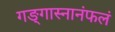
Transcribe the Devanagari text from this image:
गङ्गास्नानंफलं